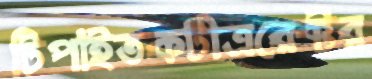
টিপাইতকটীত্ররেক্টর